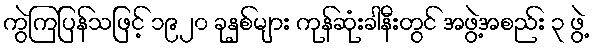
ကွဲကြပြန်သဖြင့် ၁၉၂၀ ခုနှစ်များ ကုန်ဆုံးခါနီးတွင် အဖွဲ့အစည်း ၃ ဖွဲ့